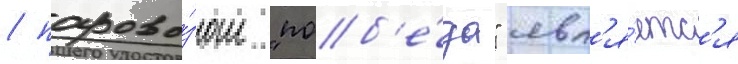
/ парово́зом "поб'е́да" явл'я́етс'я